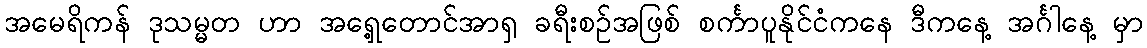
အမေရိကန် ဒုသမ္မတ ဟာ အရှေ့တောင်အာရှ ခရီးစဉ်အဖြစ် စင်္ကာပူနိုင်ငံကနေ ဒီကနေ့ အင်္ဂါနေ့ မှာ